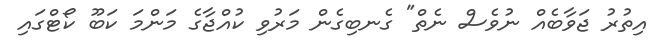
އިތުރު ޖަވާބެއް ނުވެސް ނެތް" ގެނބިގެން މަރުވި ކުއްޖާގެ މަންމަ ކަބޫ ކޯޓްގައި